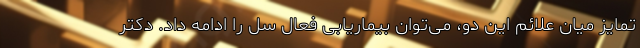
تمایز میان علائم این دو، می‌توان بیماریابی فعال سل را ادامه داد. دکتر